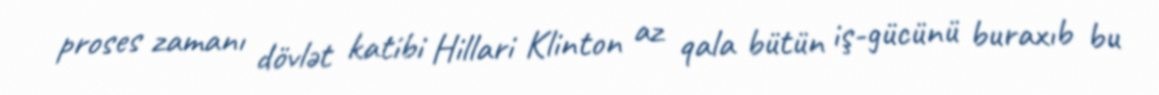
proses zamanı dövlət katibi Hillari Klinton az qala bütün iş-gücünü buraxıb bu